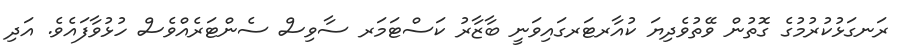
ރަނގަޅުކުރުމުގެ ގޮތުން ވޭތުވެދިޔަ ކުއާރޓަރގައިވަނީ ބާޒާރު ކަސްޓަމަރ ސާވިސް ސެންޓަރެއްވެސް ހުޅުވާފައެވެ. އަދި